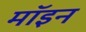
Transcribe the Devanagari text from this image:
मॉइन